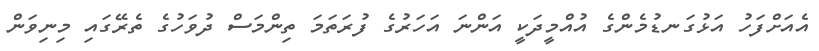
އެއަށްފަހު އަޅުގަނޑުމެންގެ އުއްމީދަކީ އަންނަ އަހަރުގެ ފުރަތަމަ ތިންމަސް ދުވަހުގެ ތެރޭގައި މިނިވަން